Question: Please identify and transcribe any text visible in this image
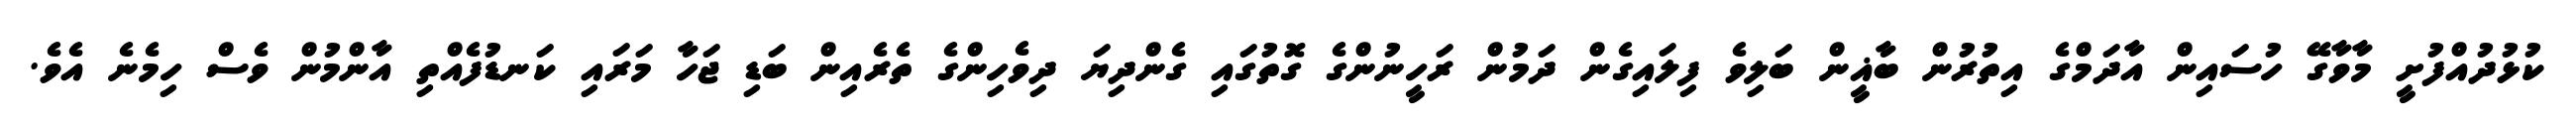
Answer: ކުޅުދުއްފުށީ މާވާގޭ ހުސައިން އާދަމްގެ އިތުރުން ބާޣީން ބަލިވެ ފިލައިގެން ދަމުން ރަހީނުންގެ ގޮތުގައި ގެންދިޔަ ދިވެހިންގެ ތެރެއިން ބަޑި ޖަހާ މަރައި ކަނޑުފެއްތި އާންމުން ވެސް ހިމެނެ އެވެ.